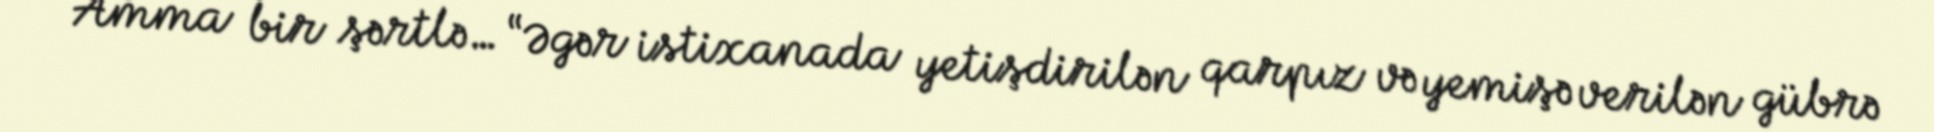
Amma bir şərtlə… “Əgər istixanada yetişdirilən qarpız və yemişə verilən gübrə